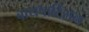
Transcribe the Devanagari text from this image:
बायपार्टिसन